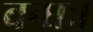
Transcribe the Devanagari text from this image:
बन्धः।